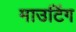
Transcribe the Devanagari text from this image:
माउटिंग